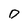
Character: O